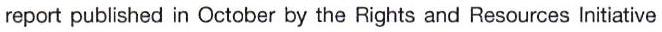
report published in October by the Rights and Resources Initiative